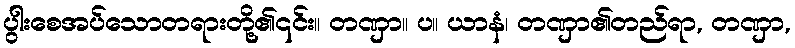
ပွါးစေအပ်သောတရားတို့၏၎င်း။ တဏှာ။ ပ။ ယာနံ၊ တဏှာ၏တည်ရာ, တဏှာ,